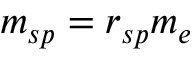
m _ { s p } = r _ { s p } m _ { e }